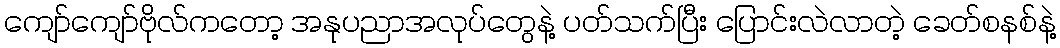
ကျော်ကျော်ဗိုလ်ကတော့ အနုပညာအလုပ်တွေနဲ့ ပတ်သက်ပြီး ပြောင်းလဲလာတဲ့ ခေတ်စနစ်နဲ့